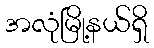
အလုံမြို့နယ်ရှိ